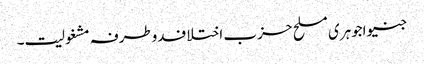
جنیواجوہری مسلح حزب اختلافدوطرفہ مشغولیت۔